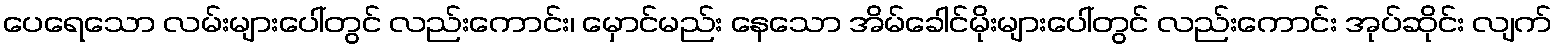
ပေရေသော လမ်းများပေါ်တွင် လည်းကောင်း၊ မှောင်မည်း နေသော အိမ်ခေါင်မိုးများပေါ်တွင် လည်းကောင်း အုပ်ဆိုင်း လျက်